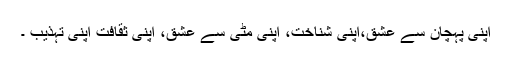
اپنی پہچان سے عشق،اپنی شناخت، اپنی مٹی سے عشق، اپنی ثقافت اپنی تہذیب ۔